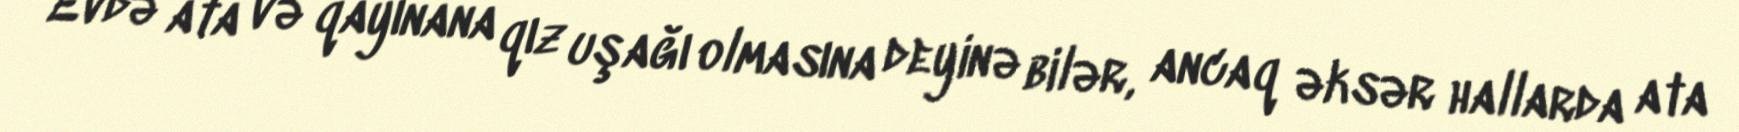
Evdə ata və qayınana qız uşağı olmasına deyinə bilər, ancaq əksər hallarda ata